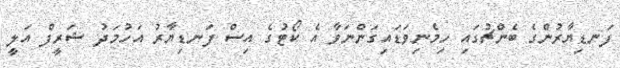
ފަނޑިޔާރުންގެ ބެންޗުގައި ހިމެނިވަޑައިގަންނަވާ އެ ކޯޓުގެ އިސް ފަނޑިޔާރު އަހުމަދު ޝަރީފް އަލީ